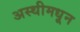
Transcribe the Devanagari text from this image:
अस्थीमधून